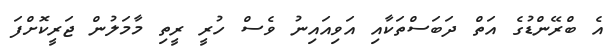
އެ ބްރޭންޑުގެ އަތް ދަބަސްތަކާއި އަވިއައިނު ވެސް ހުރީ ރީތި މާމަލުން ޖަރީކޮށްފަ